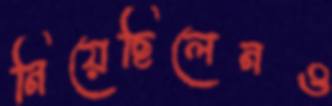
নিয়েছিলেনও